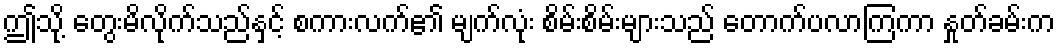
ဤသို့ တွေးမိလိုက်သည်နှင့် စကားလက်၏ မျက်လုံး စိမ်းစိမ်းများသည် တောက်ပလာကြကာ နှုတ်ခမ်းက